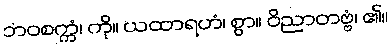
ဘဝစက္ကံ၊ ကို။ ယထာရဟံ၊ စွာ။ ဝိညာတဗ္ဗံ၊ ၏။